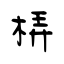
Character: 梇